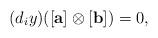
LaTeX: \begin{align*} (d_iy)([\mathbf{a}]\otimes [\mathbf{b}])=0, \end{align*}